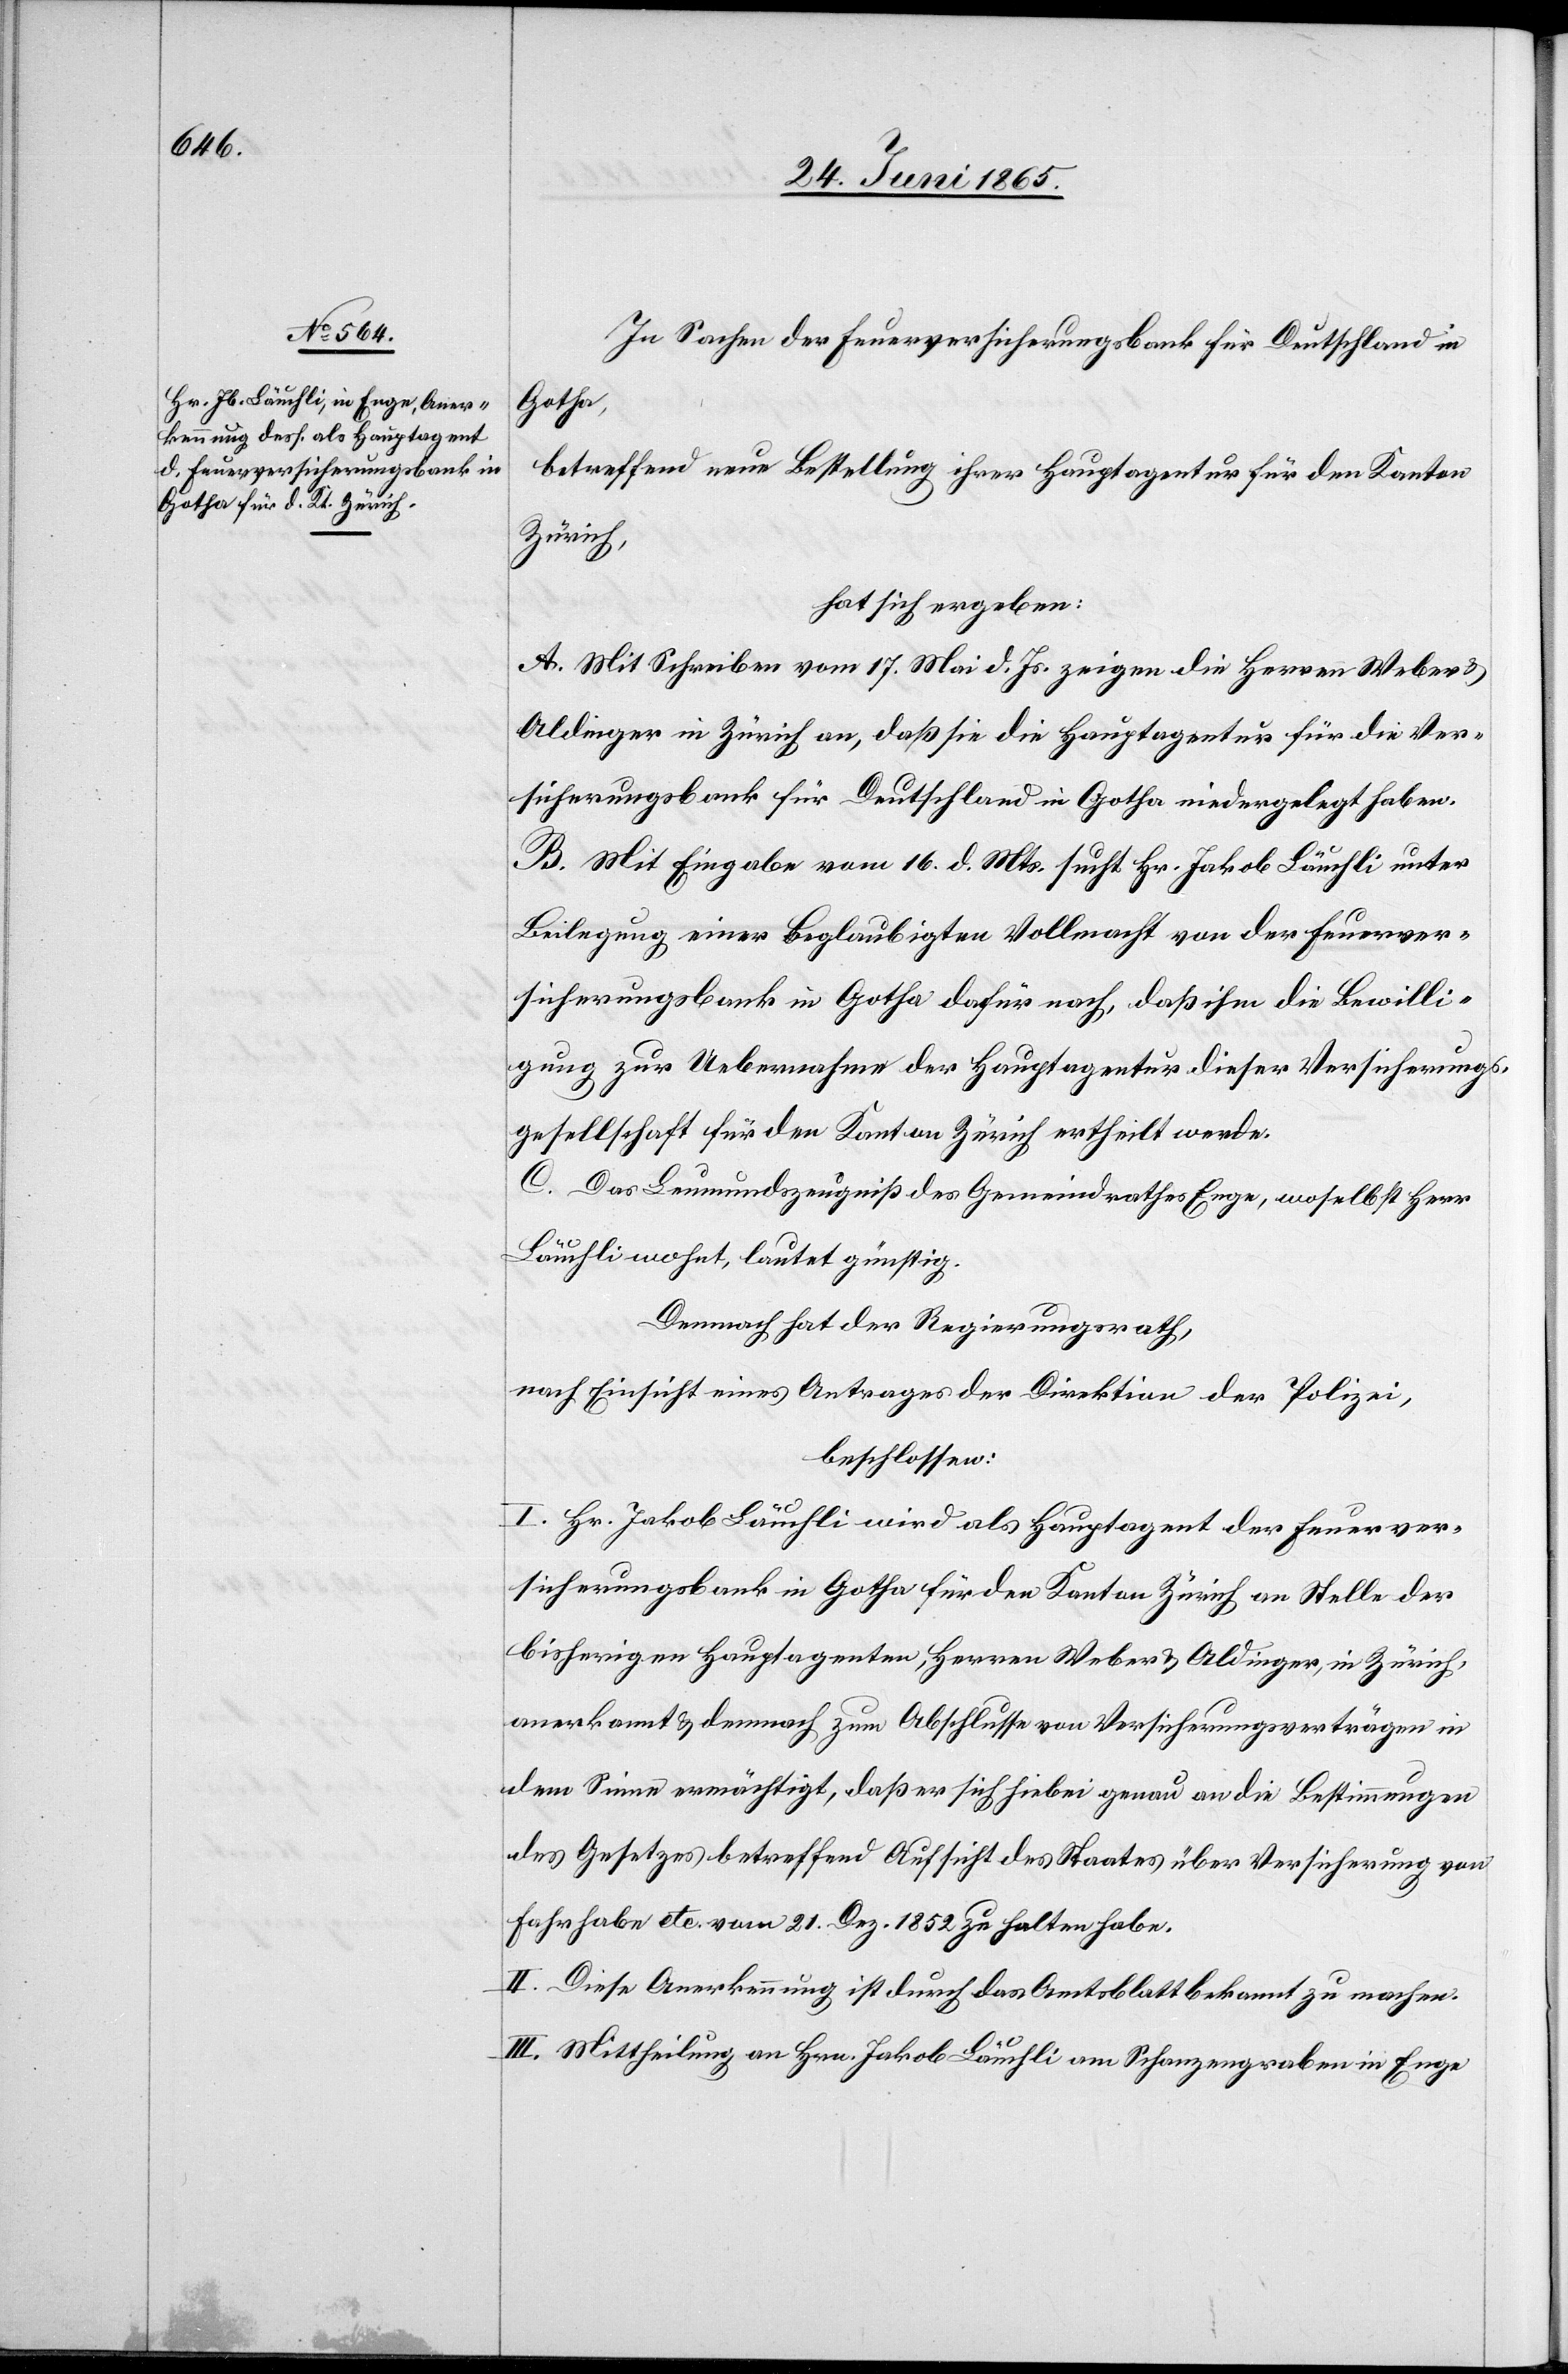
In Sachen der Feuerversicherungsbank für Deutschland in
Gotha,
betreffend neue Bestellung ihrer Hauptagentur für den Kanton
Zürich,
hat sich ergeben:
A. Mit Schreiben vom 17. Mai d. Js. zeigen die Herren Weber &
Aldinger in Zürich an, daß sie die Hauptagentur für die Ver¬
sicherungsbank für Deutschland in Gotha niedergelegt haben.
B. Mit Eingabe vom 16. d. Mts. such Hr. Jakob Läuchli unter
Beilegung einer beglaubigten Vollmacht von der Feuerver¬
sicherungsbank in Gotha dafür nach, daß ihm die Bewilli¬
gung zur Uebernahme der Hauptagentur dieser Versicherungs¬
gesellschaft für den Kanton Zürich ertheilt werde.
C. Das Leumundszeugniß des Gemeindrathes Enge, woselbst Herr
Läuchli wohnt, lautet günstig.
Demnach hat der Regierungsrath,
nach Einsicht eines Antrages der Direktion der Polizei,
beschlossen:
I. Hr. Jakob Läuchli wird als Hauptagent der Feuerver¬
sicherungsbank in Gotha für den Kanton Zürich an Stelle der
bisherigen Hauptagenten, Herren Weber & Aldinger, in Zürich,
anerkannt & demnach zum Abschlusse von Versicherungsverträgen in
dem Sinne ermächtigt, daß er sich hiebei genau an die Bestimmungen
des Gesetzes betreffend Aufsicht des Staates über Versicherung von
Fahrhabe etc. vom 21. Dez. 1852 zu halten habe.
II. Diese Anerkennung ist durch das Amtsblatt bekannt zu machen.
III. Mittheilung an Hrn. Jakob Läuchli am Schanzengraben in Enge